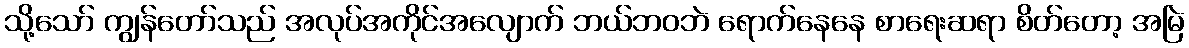
သို့သော် ကျွန်တော်သည် အလုပ်အကိုင်အလျောက် ဘယ်ဘဝဘဲ ရောက်နေနေ စာရေးဆရာ စိတ်တော့ အမြဲ